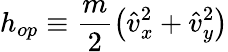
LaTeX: h_{op}\equiv\frac{m}{2}\left(\hat{v}_{x}^{2}+\hat{v}_{y}^{2}\right)